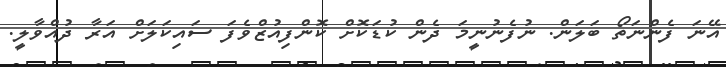
އޭނަ ފެންނަތޯ ބަލަން. ނުފެނުނީމަ ދެން ކުޑަކޮށް ކޮންފިއުޒްވެފަ ސައިކަލަށް އަރާ ދުއްވާލީ.